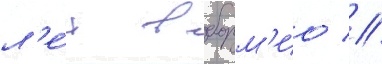
л'е́т в борм'ио //